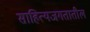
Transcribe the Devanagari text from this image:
साहित्यजगतातील